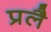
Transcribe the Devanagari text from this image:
प्रलै